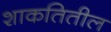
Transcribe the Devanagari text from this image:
शाकतितील